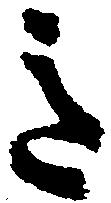
意